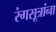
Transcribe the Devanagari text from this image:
रंगसूत्रांना